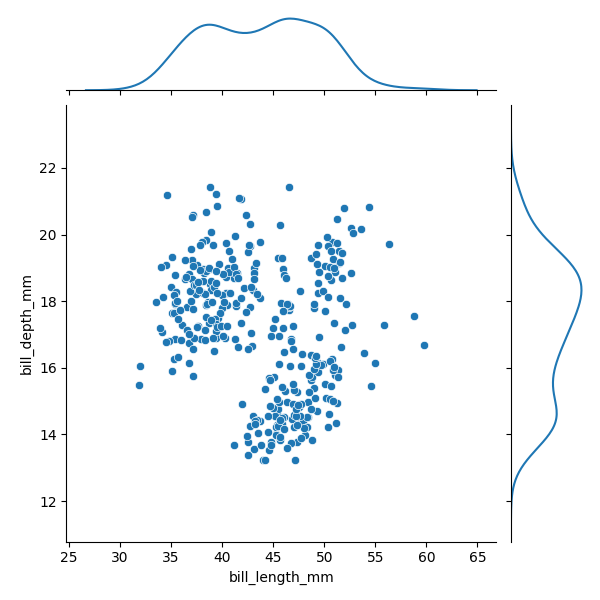
python, seaborn, JointGrid, scatterplot, kdeplot